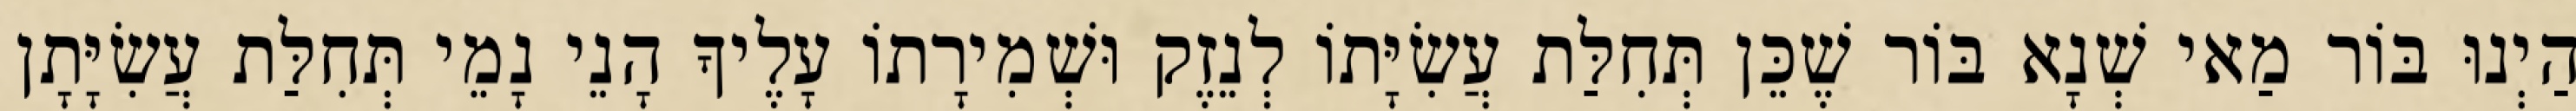
הַיְנוּ בּוֹר מַאי שְׁנָא בּוֹר שֶׁכֵּן תְּחִלַּת עֲשִׂיָּתוֹ לְנֵזֶק וּשְׁמִירָתוֹ עָלֶיךָ הָנֵי נָמֵי תְּחִלַּת עֲשִׂיָּתָן